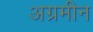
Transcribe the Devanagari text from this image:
अग्रमीन